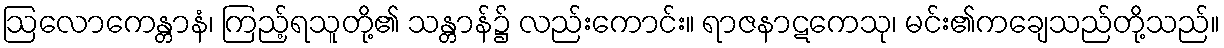
ဩလောကေန္တာနံ၊ ကြည့်ရသူတို့၏ သန္တာန်၌ လည်းကောင်း။ ရာဇနာဋကေသု၊ မင်း၏ကချေသည်တို့သည်။